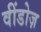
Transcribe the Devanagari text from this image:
वींडोज़